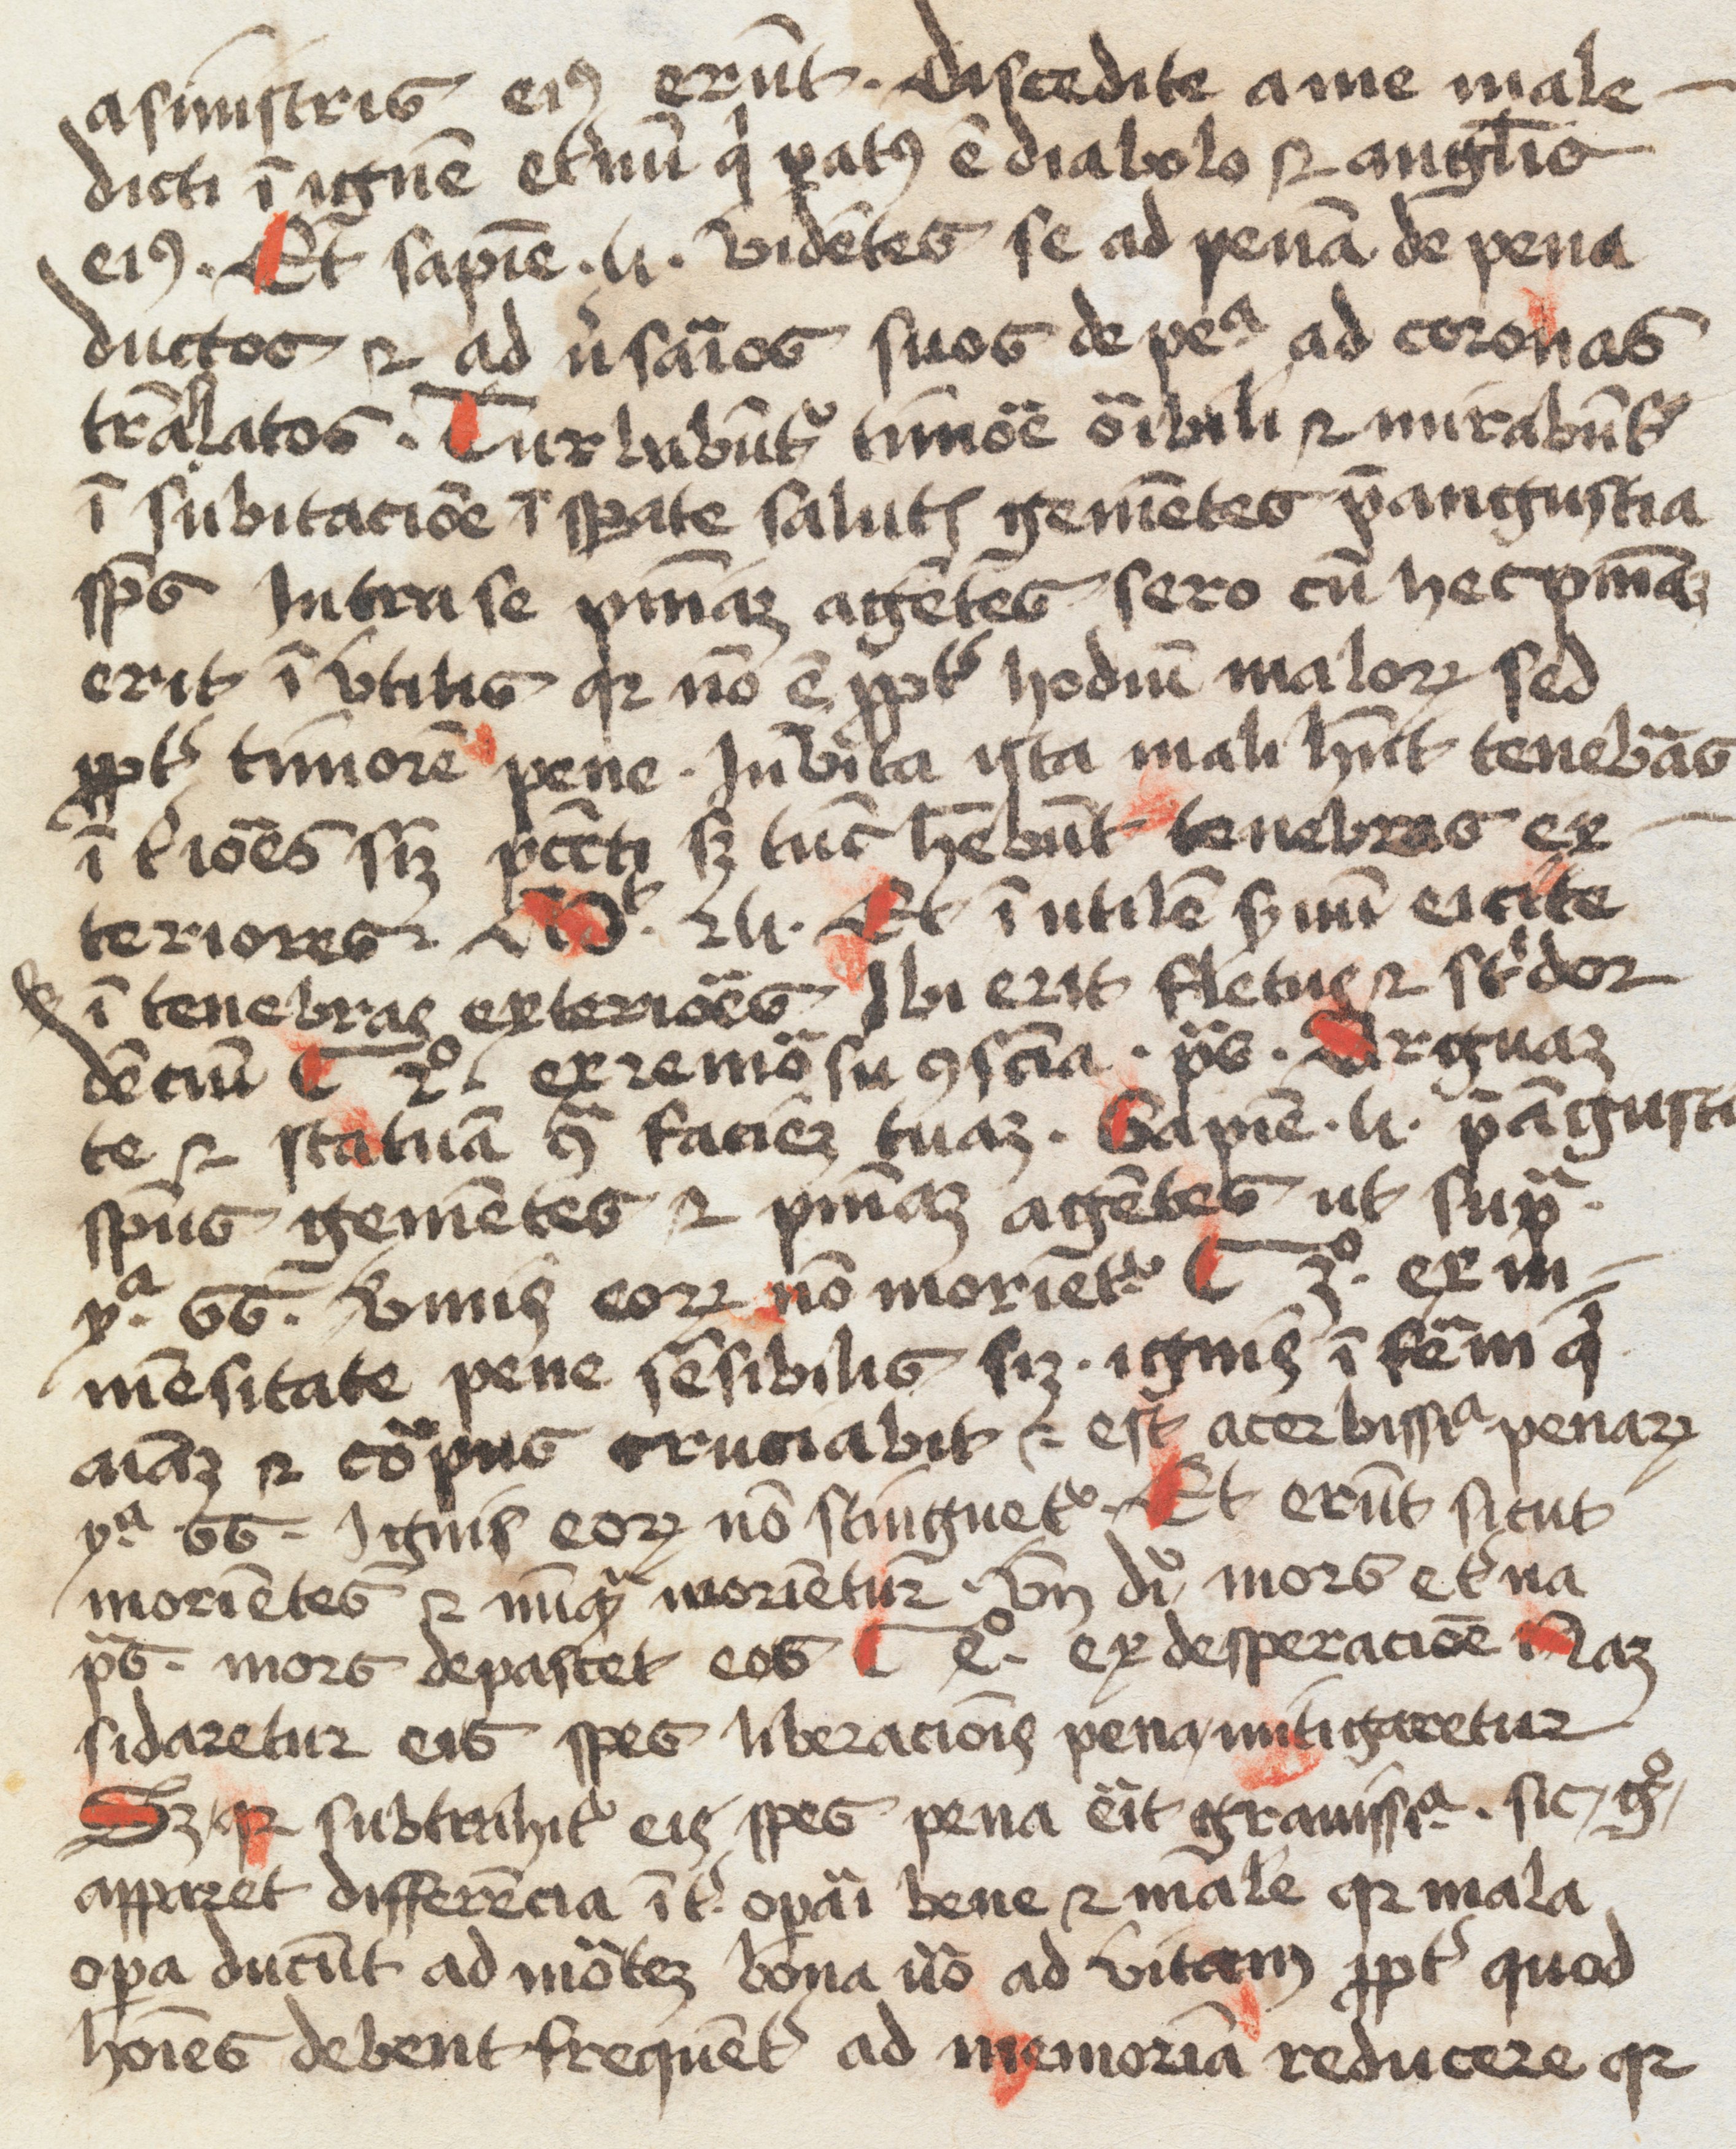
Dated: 1500–1599